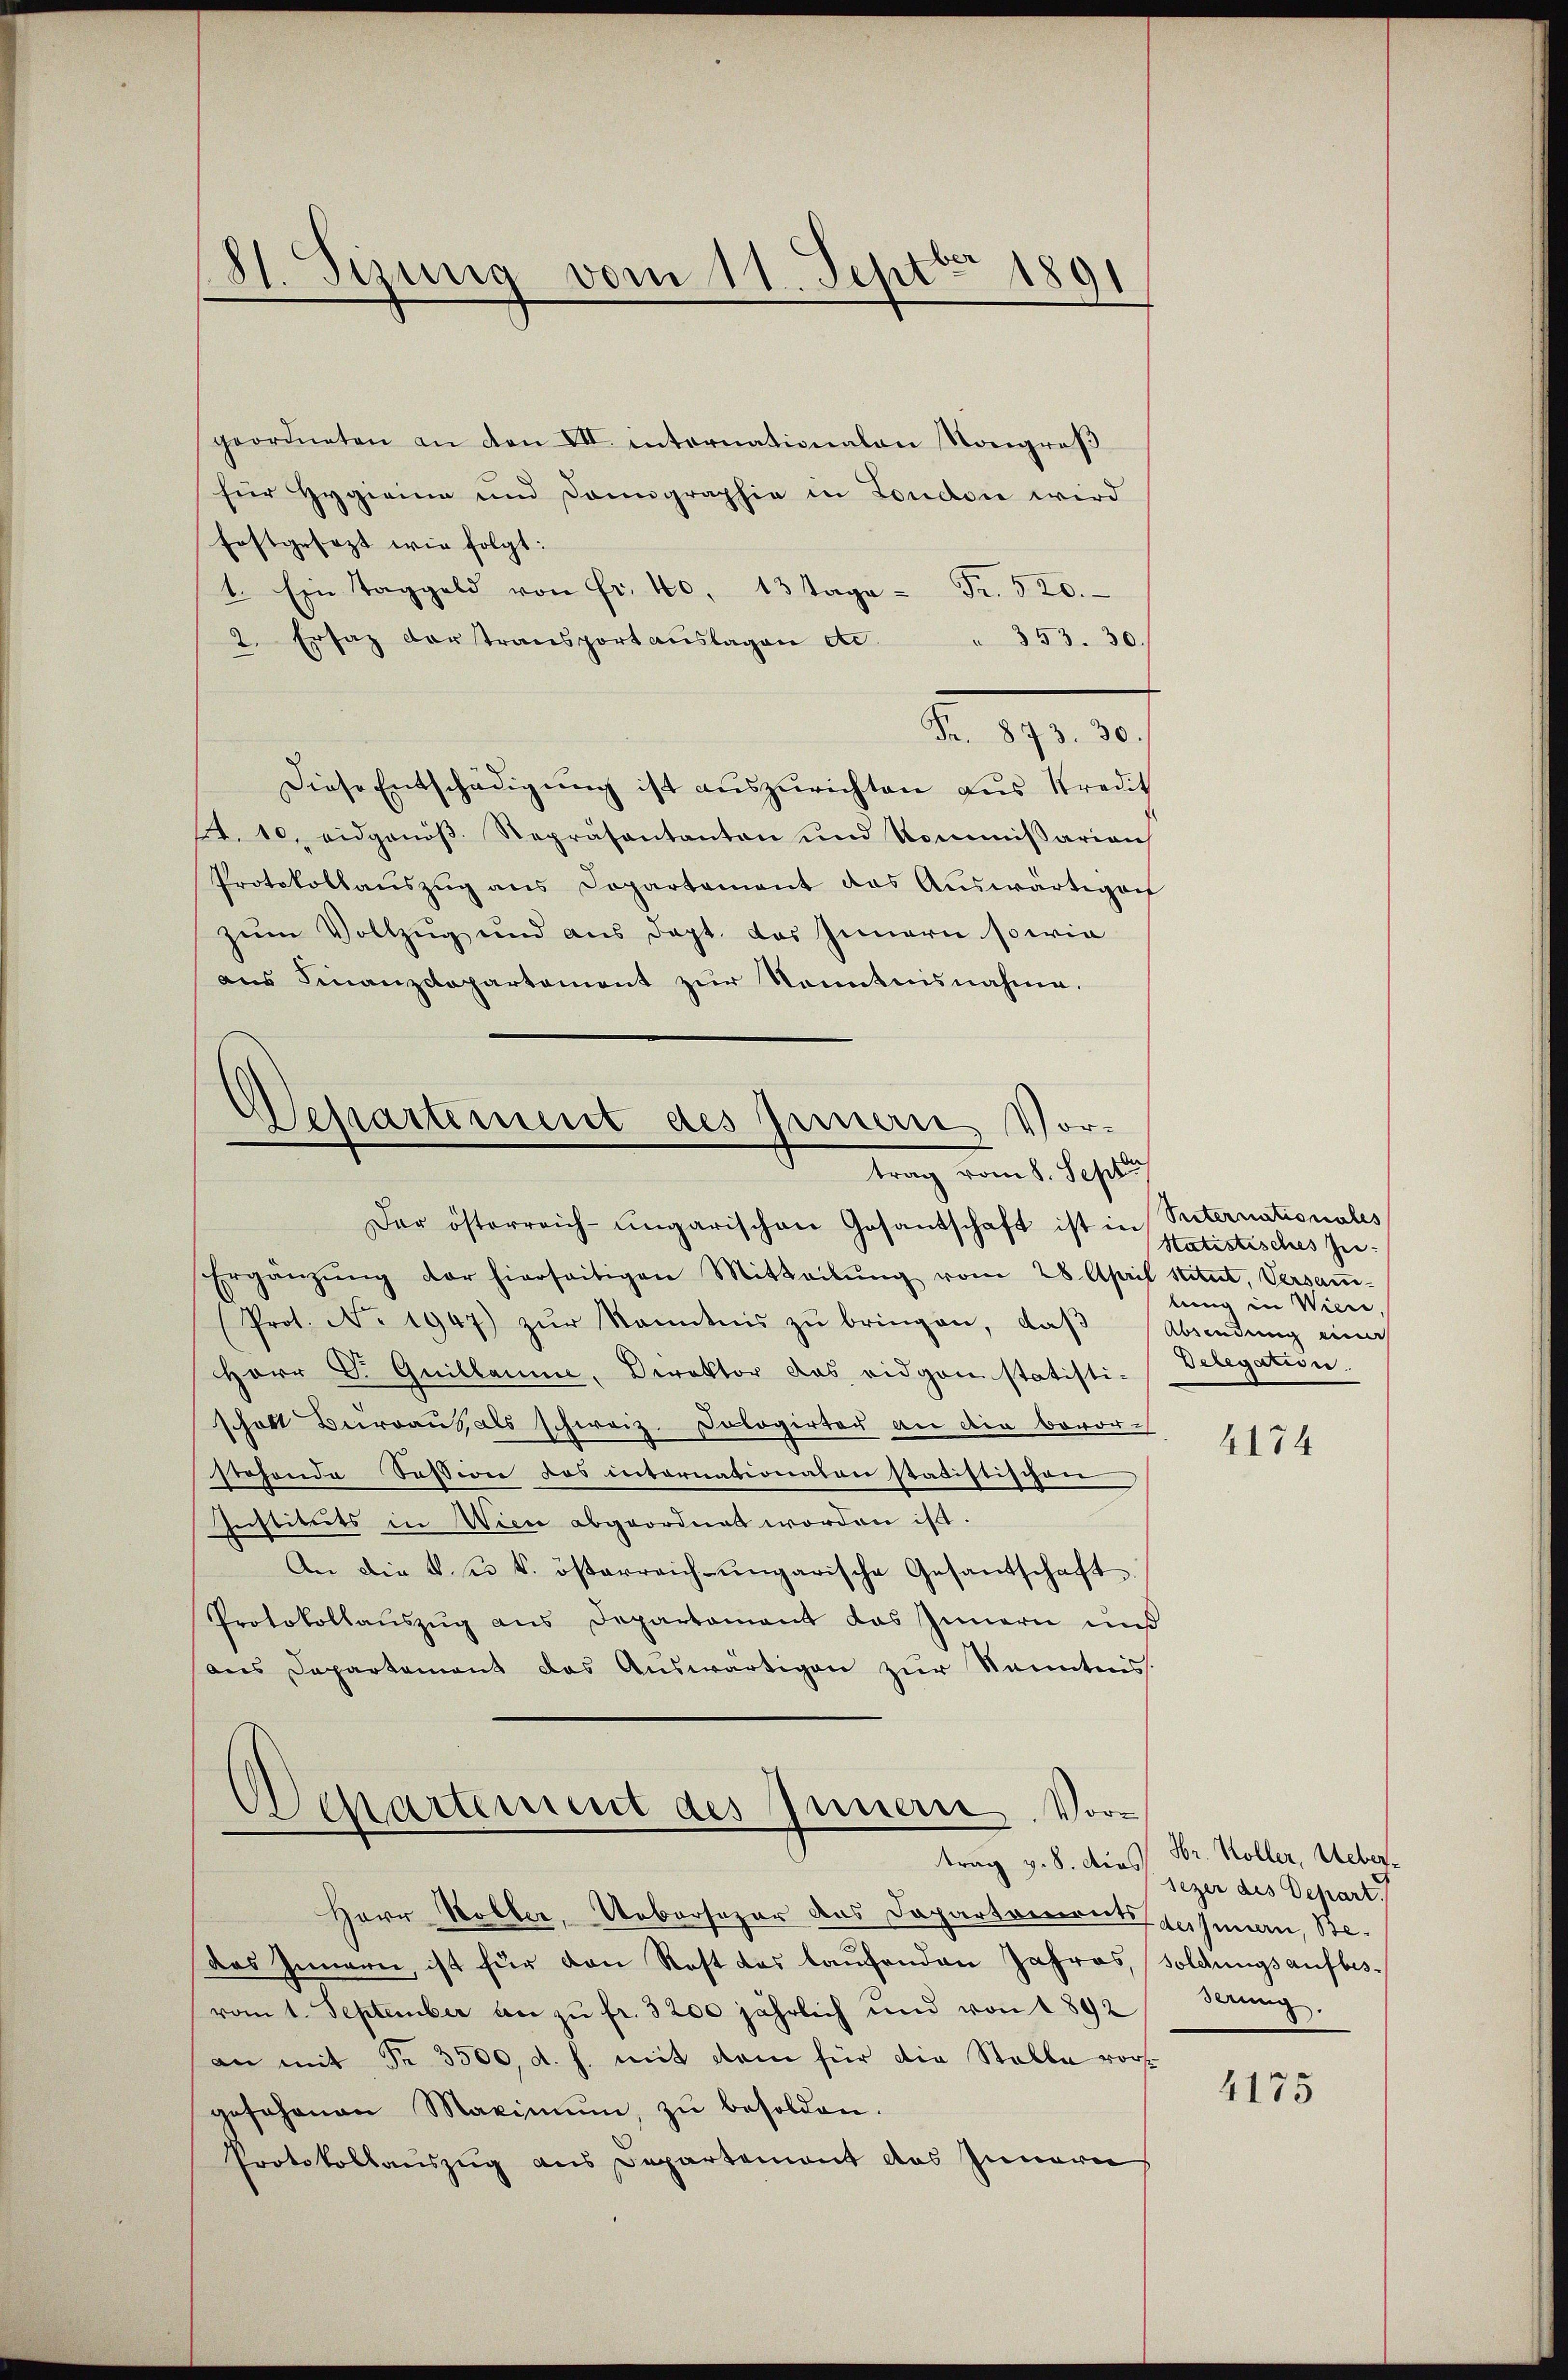
St. Sizung vom 11. Sept. 1891

geordneten an den VII. internationalen Kongroβ
für Hygieina und Danngraphie in London wird
festgesezt wie folgt:
1. Ein Taggeld von Fr. 40, 13 Tage - Fr. 520.
2. Ersaz vortransportaŭslagen etc. " 353. 30.
do. 11. 10.
Diese Entschädigung ist auszurichten aus Stredit
. 10. eidgenöβ. Repräsentanton und Kommissarian
Protokollaŭszŭg ans Departement das Aŭswärtigen
zum Vollzug und aus dept. das Innern sowie
aus Finanzdepartement zur Kenntnisnahme.

.
Separtement des Innern, Vortrag vom 1. Schlus
Dar österreich-ungarischen Gesantschaft ist in Seiternationales

dechartement des Innern. Vortrag v. 8. dies

Ergänzŭng der hierseitigen Mitteilŭng vom 28. April stitut, Versaṁ-
Prot. No 1947) zŭr Kenntnis zŭ bringen, daβ Absendŭng eine
Herr Dr. Guillaume, Direktor das eidgenstatisti-
schaft Beraus als schweiz. Cologirter an die bevor-
stehende Session des internationalen statistischen
Instituts in Wien abgeordnet worden ist.
An die k. u. k. österreich-ungarische Gesandschaft.
Protokollaŭszŭg ans Departament das Innern und
aus Departement das Auswärtigen zur Kenntnis.

Herr Woller, Uebersezer des Daparteiernt gesan, Bedas Innern, ist für den Rest das laufenden Jahres, soldungsaufbes-
vom 1. September an zŭ fr. 3200 jährlich und von 1892 derŭng.
an mit Fr. 3500, d. h. mit dem für die Stelle vorgfohrnen Maximum, zŭ besolden.
Protokollauszug aus Departement des Innern

Statistisches Zu-
bin in Wien
Delegation

4174

Hr. Koller, Uebersezen des Depart.

4175